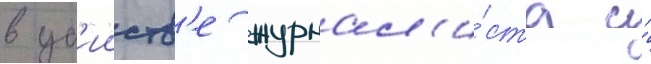
в уб'ииств'е журнал'и́ста и́